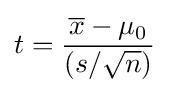
t={\frac {{\overline {x}}-\mu _{0}}{(s/{\sqrt {n}})}}